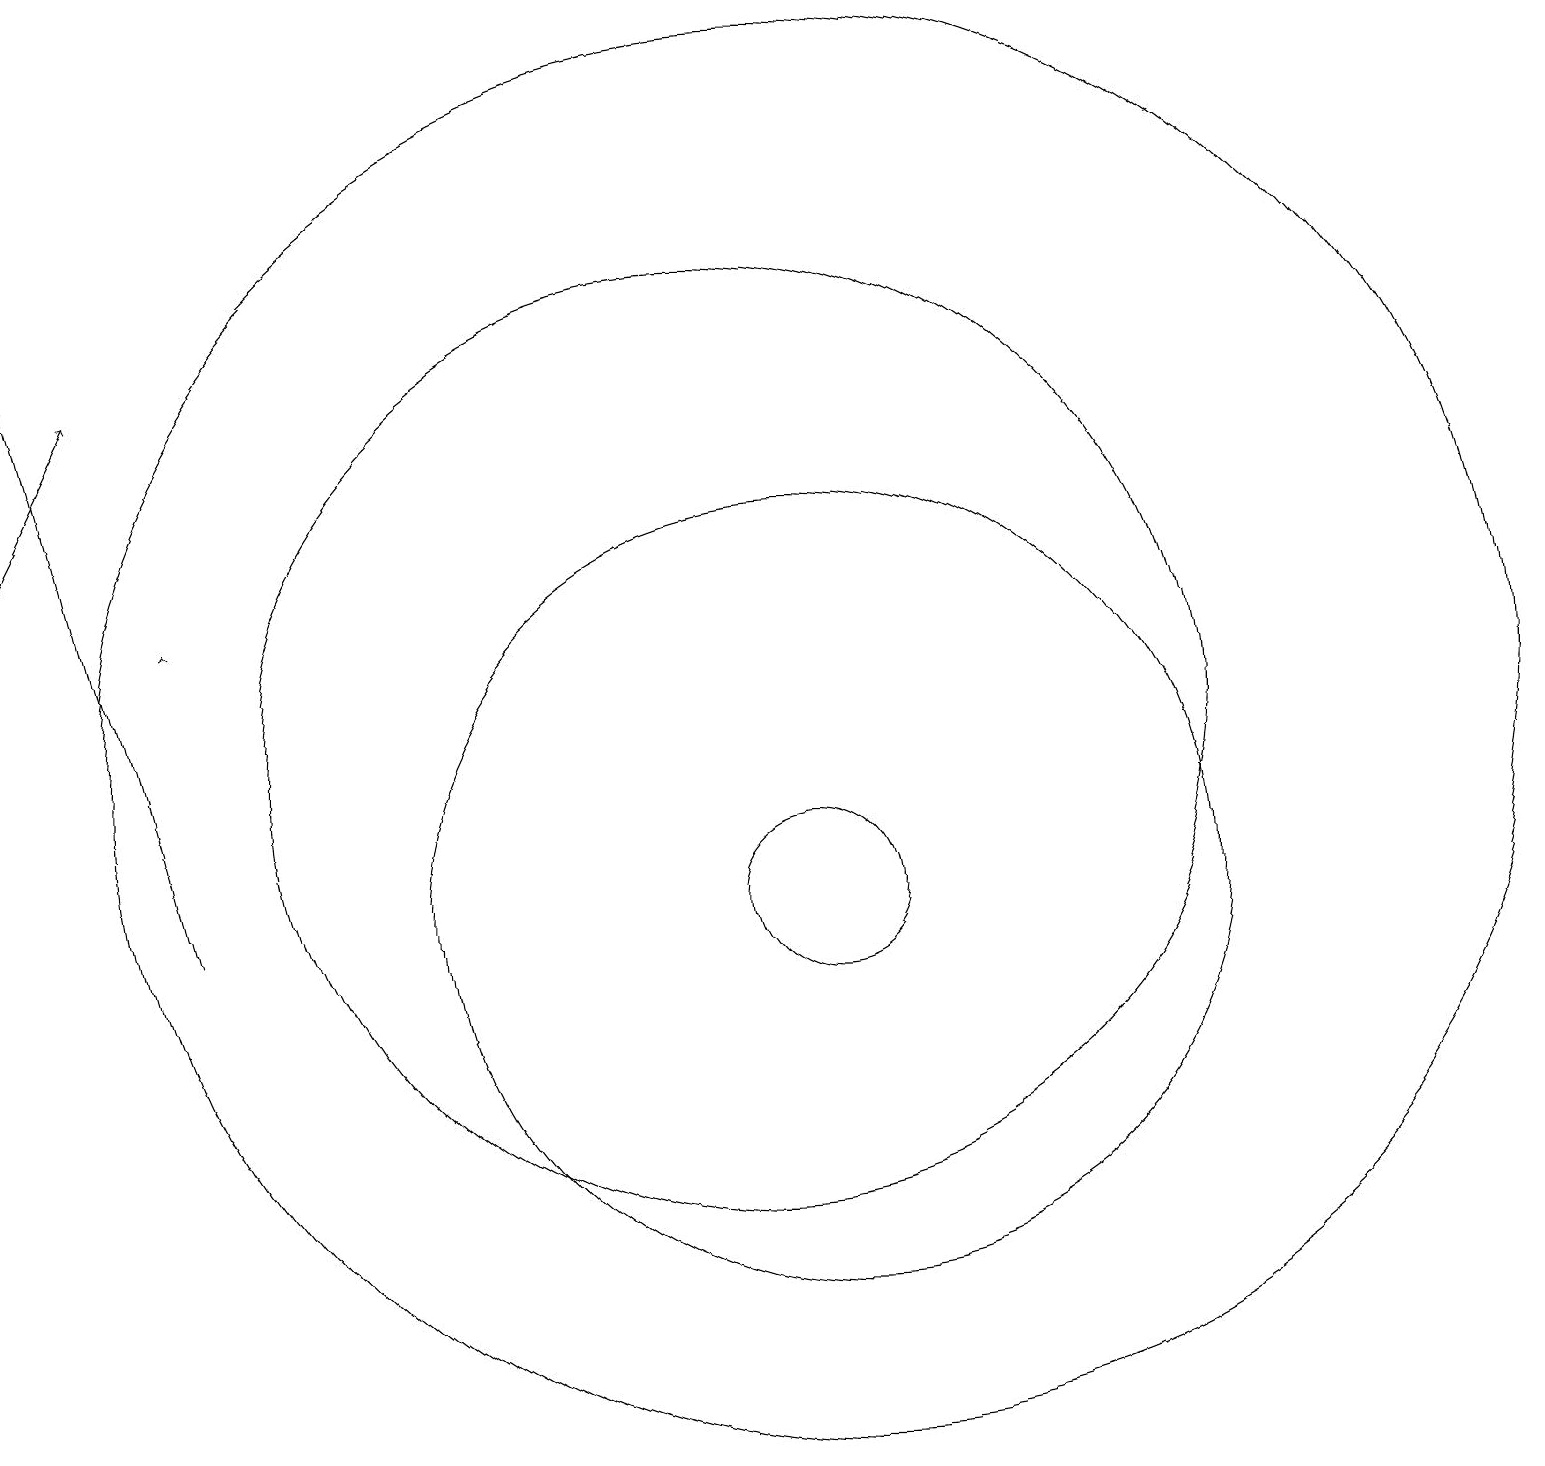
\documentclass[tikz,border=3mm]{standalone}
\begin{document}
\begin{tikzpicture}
\draw (11,12) circle (9);
\draw[->] (3,14) -- (3,14);
\draw (11,10) circle (1);
\draw[->] (3,10) -- (1,18);
\draw[->] (1,15) -- (2,17);
\draw (11,10) circle (5);
\draw (10,12) circle (6);
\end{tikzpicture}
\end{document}